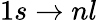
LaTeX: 1s\to nl